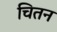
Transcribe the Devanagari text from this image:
चितन